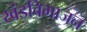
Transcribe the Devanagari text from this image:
खंडविभाजन